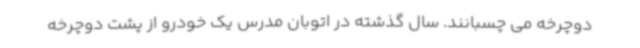
دوچرخه می چسبانند. سال گذشته در اتوبان مدرس یک خودرو از پشت دوچرخه